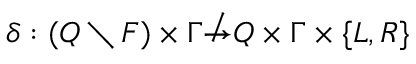
\delta : ( Q \setminus F ) \times \Gamma \not \to Q \times \Gamma \times \{ L , R \}